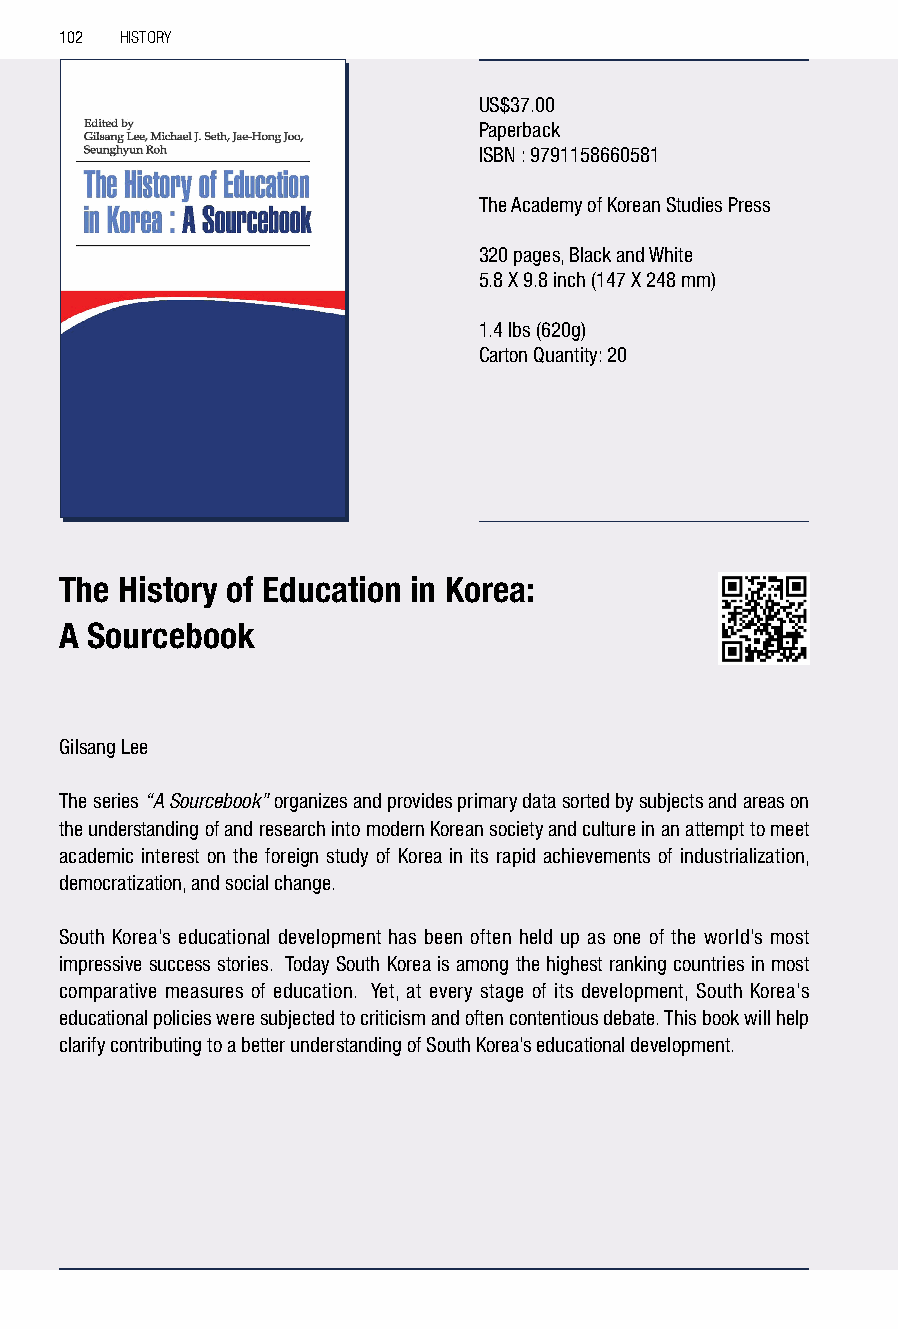
102 HISTORY
 US$37.00
 Paperback
 ISBN : 9791158660581
 The Academy of Korean Studies Press
 320 pages, Black and White
 5.8 X 9.8 inch (147 X 248 mm)
 1.4 lbs (620g)
 Carton Quantity: 20
 The History of Education in Korea:
 A Sourcebook
 Gilsang Lee
 The series “A Sourcebook” organizes and provides primary data sorted by subjects and areas on
 the understanding of and research into modern Korean society and culture in an attempt to meet
 academic interest on the foreign study of Korea in its rapid achievements of industrialization,
 democratization, and social change.
 South Korea’s educational development has been often held up as one of the world’s most
 impressive success stories. Today South Korea is among the highest ranking countries in most
 comparative measures of education. Yet, at every stage of its development, South Korea’s
 educational policies were subjected to criticism and often contentious debate. This book will help
 clarify contributing to a better understanding of South Korea’s educational development.